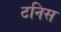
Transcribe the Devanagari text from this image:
टनिस